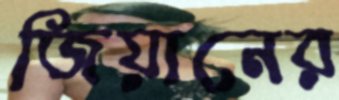
জিয়ানের